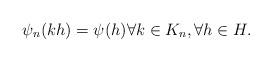
LaTeX: \begin{align*}\psi_n(kh) = \psi(h) \forall k \in K_n, \forall h \in H.\end{align*}